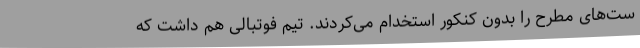
ست‌های مطرح را بدون کنکور استخدام می‌کردند. تیم فوتبالی هم داشت که